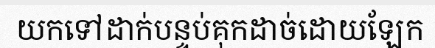
យកទៅដាក់បន្ទប់គុកដាច់ដោយឡែក